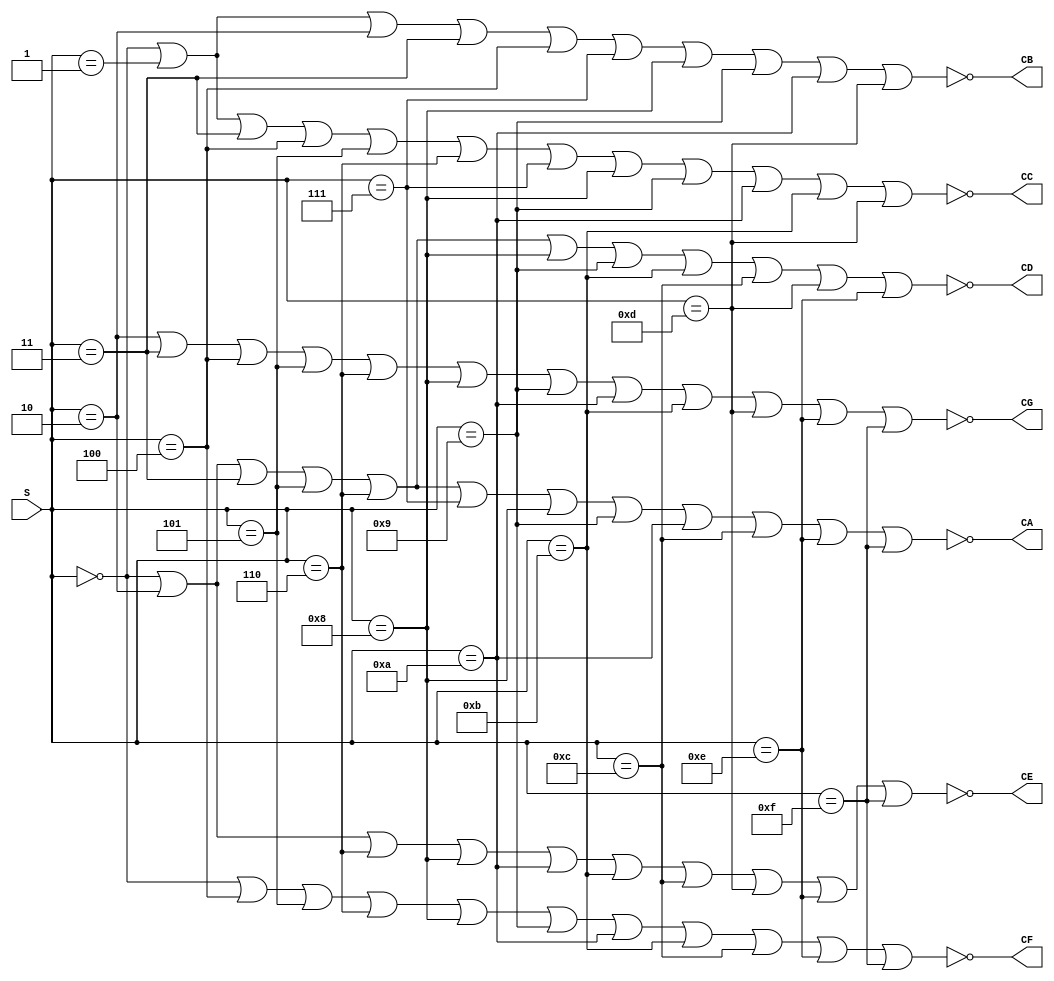
`timescale 1ns / 1ps
//////////////////////////////////////////////////////////////////////////////////
// Company: 
// Engineer: 
// 
// Design Name: 
// Module Name:    Seven_Segment_DataFlow 
// Project Name: 
// Target Devices: 
// Tool versions: 
// Description: 
//
// Dependencies: 
//
// Revision: 
// Revision 0.01 - File Created
// Additional Comments: 
//
//////////////////////////////////////////////////////////////////////////////////
module Seven_Segment_DataFlow(
    input [3:0] S,
    output CA,
    output CB,
    output CC,
    output CD,
    output CE,
    output CF,
    output CG
    );
	 
	 assign CA = !((S == 4'h0) | (S == 4'h2) | (S == 4'h3) | (S == 4'h5) | (S == 4'h6) | (S == 4'h7) | (S == 4'h8) | (S == 4'h9) | (S == 4'hA) | (S == 4'hC) | (S == 4'hE) | (S == 4'hF));
	 assign CB = !((S == 4'h0) | (S == 4'h1) | (S == 4'h2) | (S == 4'h3) | (S == 4'h4) | (S == 4'h7) | (S == 4'h8) | (S == 4'h9) | (S == 4'hA) | (S == 4'hD));
	 assign CC = !((S == 4'h0) | (S == 4'h1) | (S == 4'h3) | (S == 4'h4) | (S == 4'h5) | (S == 4'h6) | (S == 4'h7) | (S == 4'h8) | (S == 4'h9) | (S == 4'hA) | (S == 4'hB) | (S == 4'hD));
	 assign CD = !((S == 4'h0) | (S == 4'h2) | (S == 4'h3) | (S == 4'h5) | (S == 4'h6) | (S == 4'h8) | (S == 4'h9) | (S == 4'hB) | (S == 4'hC) | (S == 4'hD) | (S == 4'hE));
	 assign CE = !((S == 4'h0) | (S == 4'h2) | (S == 4'h6) | (S == 4'h8) | (S == 4'hA) | (S == 4'hB) | (S == 4'hC) | (S == 4'hD) | (S == 4'hE) | (S == 4'hF));
	 assign CF = !((S == 4'h0) | (S == 4'h4) | (S == 4'h5) | (S == 4'h6) | (S == 4'h8) | (S == 4'h9) | (S == 4'hA) | (S == 4'hB) | (S == 4'hC) | (S == 4'hE) | (S == 4'hF));
	 assign CG = !((S == 4'h2) | (S == 4'h3) | (S == 4'h4) | (S == 4'h5) | (S == 4'h6) | (S == 4'h8) | (S == 4'h9) | (S == 4'hA) | (S == 4'hB) | (S == 4'hD) | (S == 4'hE) | (S == 4'hF));

endmodule